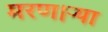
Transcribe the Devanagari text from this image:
मरण।ऱ्या